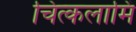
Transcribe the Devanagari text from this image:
चित्कलामिं